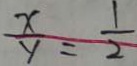
\frac { x } { y } = \frac { 1 } { 2 }